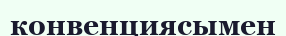
конвенциясымен